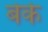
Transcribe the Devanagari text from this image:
बेके